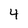
Character: 4